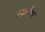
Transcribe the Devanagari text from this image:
जयाबरोबर